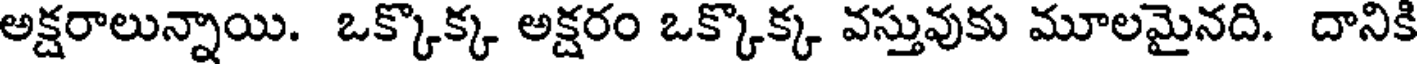
అక్షరాలున్నాయి. ఒక్కొక్క అక్షరం ఒక్కొక్క వస్తువుకు మూలమైనది. దానికి